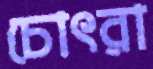
চোৎরা